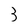
Character: 3